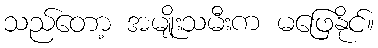
သည်တော့ အမျိုးသမီးက မဖြေနိုင်။